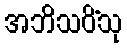
အဘိသပိံသု